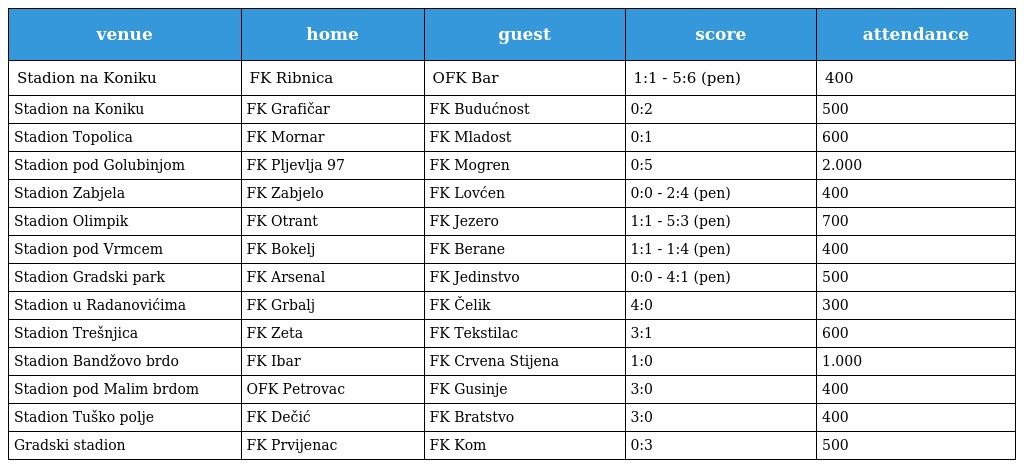
| venue | home | guest | score | attendance |
 | --- | --- | --- | --- | --- |
 | Stadion na Koniku | FK Ribnica | OFK Bar | 1:1 - 5:6 (pen) | 400 |
 | Stadion na Koniku | FK Grafičar | FK Budućnost | 0:2 | 500 |
 | Stadion Topolica | FK Mornar | FK Mladost | 0:1 | 600 |
 | Stadion pod Golubinjom | FK Pljevlja 97 | FK Mogren | 0:5 | 2.000 |
 | Stadion Zabjela | FK Zabjelo | FK Lovćen | 0:0 - 2:4 (pen) | 400 |
 | Stadion Olimpik | FK Otrant | FK Jezero | 1:1 - 5:3 (pen) | 700 |
 | Stadion pod Vrmcem | FK Bokelj | FK Berane | 1:1 - 1:4 (pen) | 400 |
 | Stadion Gradski park | FK Arsenal | FK Jedinstvo | 0:0 - 4:1 (pen) | 500 |
 | Stadion u Radanovićima | FK Grbalj | FK Čelik | 4:0 | 300 |
 | Stadion Trešnjica | FK Zeta | FK Tekstilac | 3:1 | 600 |
 | Stadion Bandžovo brdo | FK Ibar | FK Crvena Stijena | 1:0 | 1.000 |
 | Stadion pod Malim brdom | OFK Petrovac | FK Gusinje | 3:0 | 400 |
 | Stadion Tuško polje | FK Dečić | FK Bratstvo | 3:0 | 400 |
 | Gradski stadion | FK Prvijenac | FK Kom | 0:3 | 500 |